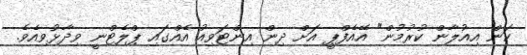
ކަން އިއުލާން ކުރުމުން" އޭއެފްޕީ އަށް ދިން އިންޓަވިއު އެއްގައި ޕްލެޓްނީ ވިދާޅުވިއެވެ.